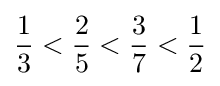
{\frac {1}{3}}<{\frac {2}{5}}<{\frac {3}{7}}<{\frac {1}{2}}